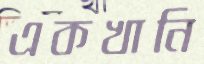
একখানি